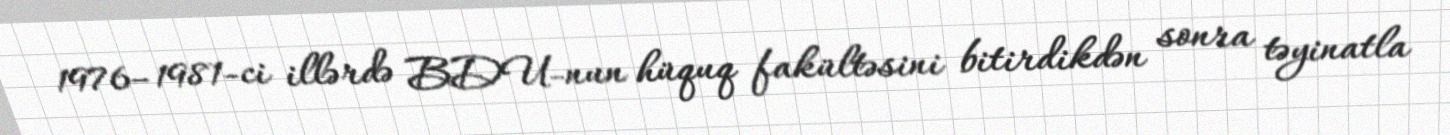
1976–1981-ci illərdə BDU-nun hüquq fakültəsini bitirdikdən sonra təyinatla